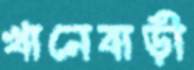
খানেবাড়ী